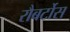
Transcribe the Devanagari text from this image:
रौबर्टोस